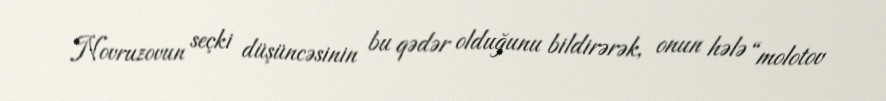
Novruzovun seçki düşüncəsinin bu qədər olduğunu bildirərək, onun hələ “molotov